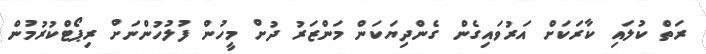
ރަތް ކުލައި ކާރަކަށް އަރުވައިގެން ގެންދިޔަކަން މަންޒަރު ދުށް މީހުން ފުލުހުންނަށް ރިޕޯޓްކުރުމުން